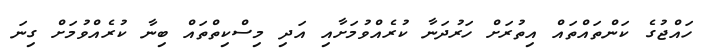
ހައްޖުގެ ކަންތައްތައް އިތުރަށް ހަރުދަނާ ކުރެއްވުމަށާއި އަދި މިސްކިތްތައް ބިނާ ކުރެއްވުމަށް ގިނަ